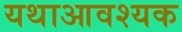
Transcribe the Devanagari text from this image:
यथाआवश्यक